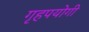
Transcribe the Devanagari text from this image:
गृहपयोगी